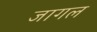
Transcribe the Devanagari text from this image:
जागल